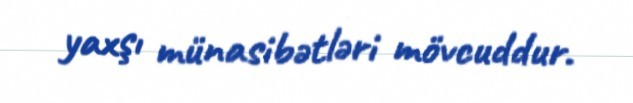
yaxşı münasibətləri mövcuddur.